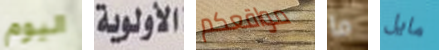
اليوم الأولوية مواقعكم ما مايل